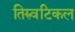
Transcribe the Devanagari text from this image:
तिरुवटिकल